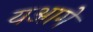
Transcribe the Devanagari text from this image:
यआगे